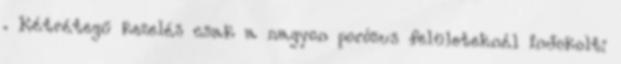
. Kétrétegű kezelés csak a nagyon porózus felületeknél indokolt: